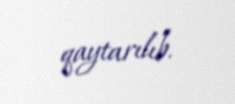
qaytarılıb.